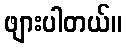
ဖျားပါတယ်။